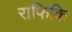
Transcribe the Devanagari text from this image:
राफिकि